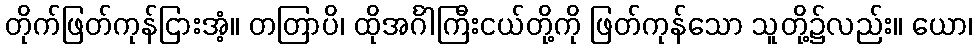
တိုက်ဖြတ်ကုန်ငြားအံ့။ တတြာပိ၊ ထိုအင်္ဂါကြီးငယ်တို့ကို ဖြတ်ကုန်သော သူတို့၌လည်း။ ယော၊